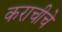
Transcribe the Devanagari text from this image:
कराचीचे